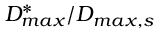
D _ { m a x } ^ { * } / D _ { m a x , s }